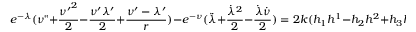
e ^ { - { \lambda } } ( { \nu } " + \frac { { { \nu } ^ { \prime } } ^ { 2 } } { 2 } - \frac { { \nu } ^ { \prime } { \lambda } ^ { \prime } } { 2 } + \frac { { \nu } ^ { \prime } - { \lambda } ^ { \prime } } { r } ) - e ^ { - { \nu } } ( \ddot { \lambda } + \frac { { \dot { \lambda } } ^ { 2 } } { 2 } - \frac { \dot { \lambda } \dot { \nu } } { 2 } ) = 2 k ( h _ { 1 } h ^ { 1 } - h _ { 2 } h ^ { 2 } + h _ { 3 } h ^ { 3 } + h _ { 4 } h ^ { 4 } )